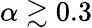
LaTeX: \alpha\gtrsim 0.3